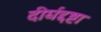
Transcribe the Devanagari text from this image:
दीर्घद्दष्टा